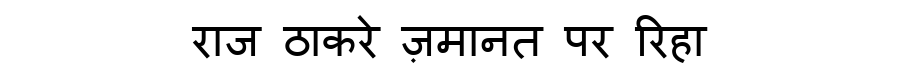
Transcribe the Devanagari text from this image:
राज ठाकरे ज़मानत पर रिहा